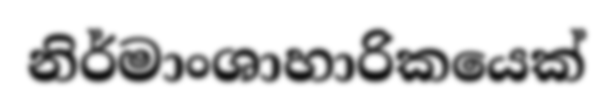
නිර්මාංශාහාරිකයෙක්